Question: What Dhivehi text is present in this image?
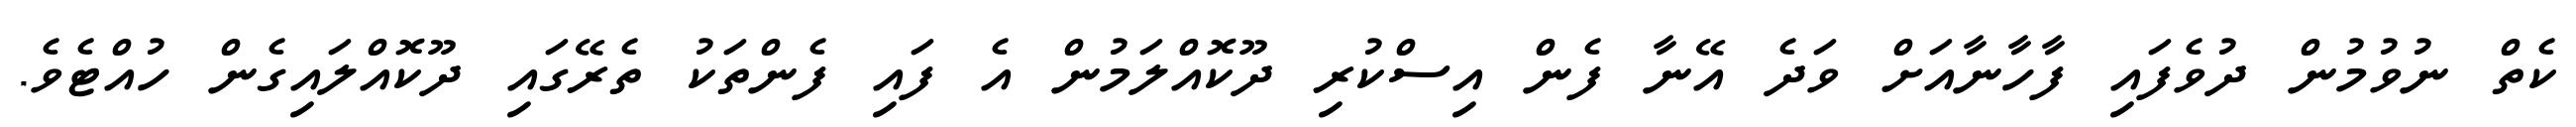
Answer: ކެތް ނުވުމުން ދުވެފައި ފާހާނާއަށް ވަދެ އޭނާ ފެން އިސްކުރި ދޫކޮއްލަމުން އެ ފައި ފެންތަކު ތެރޭގައި ދޫކޮއްލައިގެން ހުއްޓެވެ.